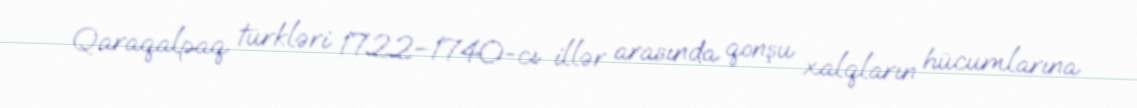
Qaraqalpaq türkləri 1722–1740-cı illər arasında qonşu xalqların hücumlarına